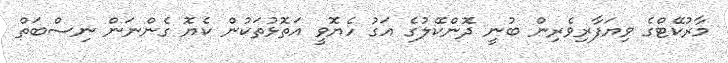
މާރުކޭޓްގެ ވިޔަފާރިވެރިން ބުނީ ދޮންކޭލުގެ އަގު ހެޔޮވީ އަތޮޅުތަކުން ކެޔޮ ގެންނަން ނިސްބަތް